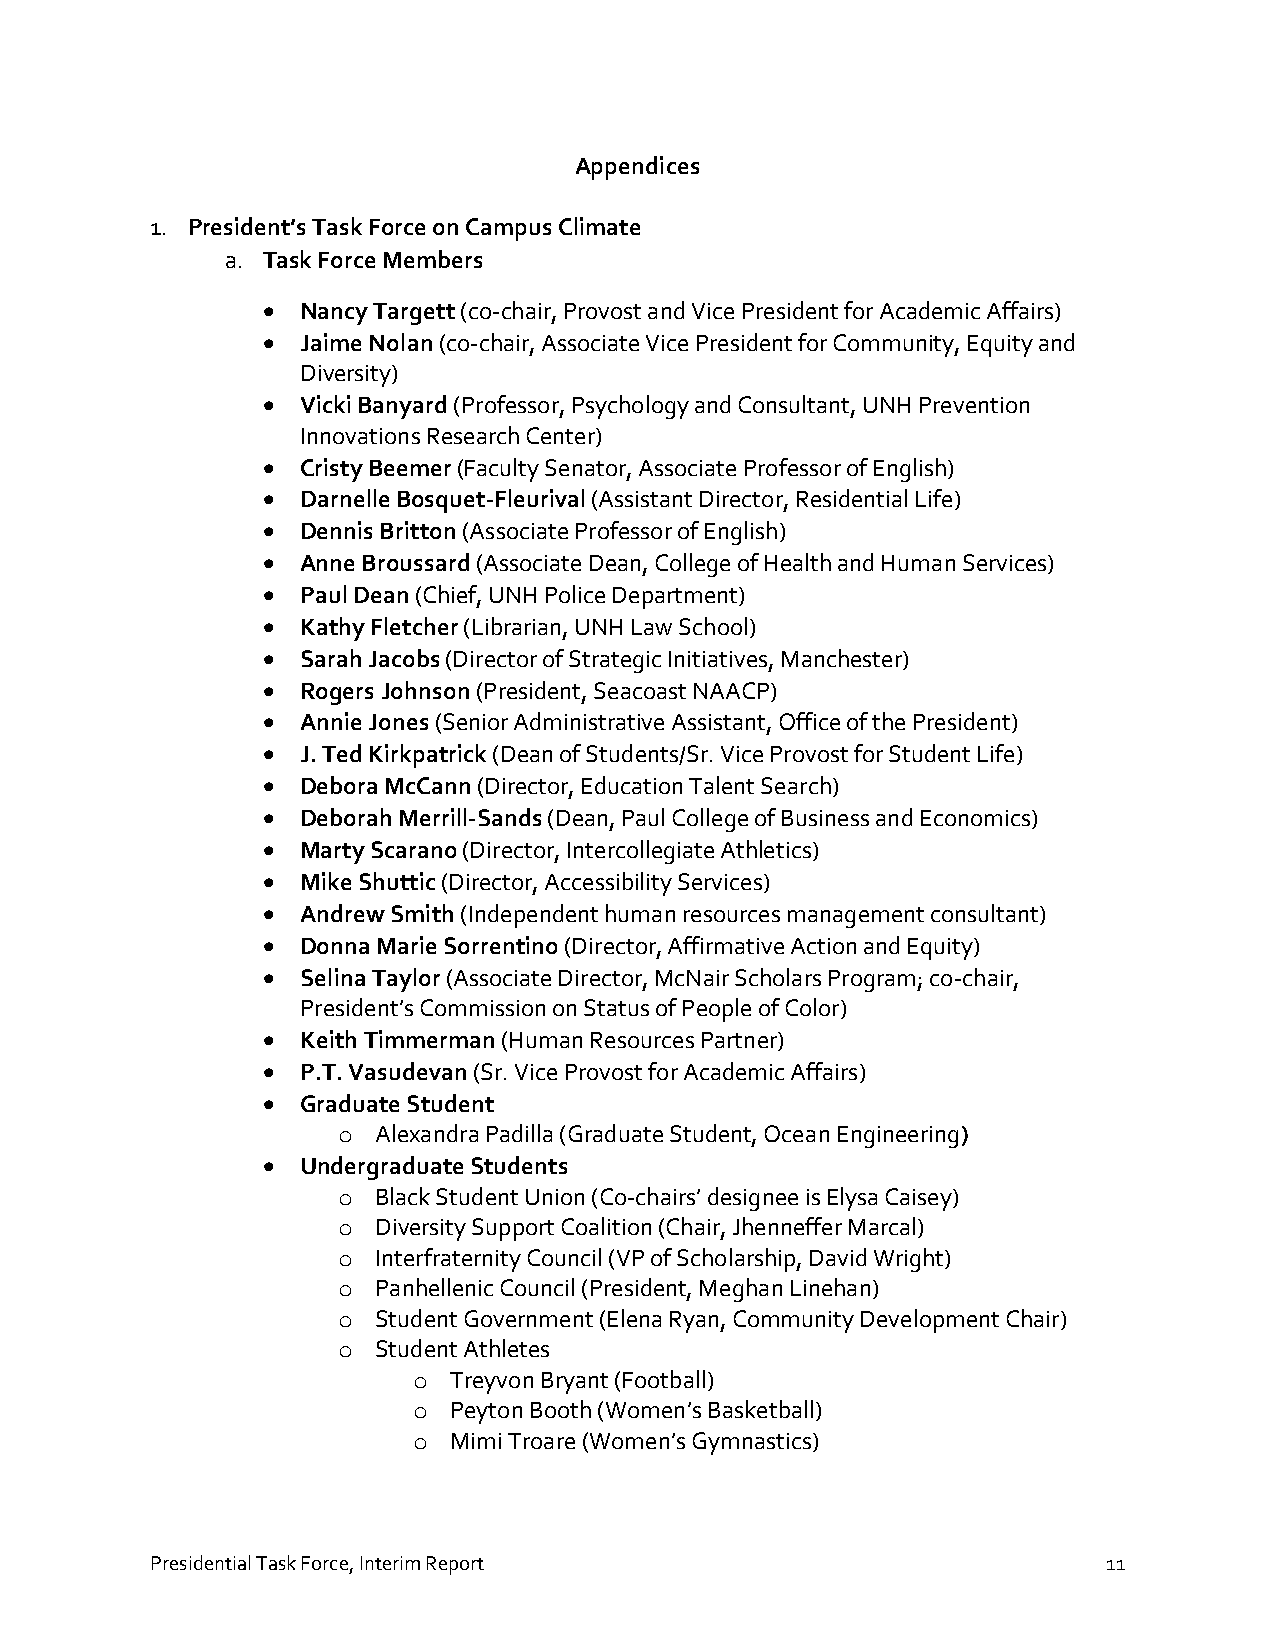
Appendices
 1. President’s Task Force on Campus Climate
 a. Task Force Members
   Nancy Targett (co-chair, Provost and Vice President for Academic Affairs)
   Jaime Nolan (co-chair, Associate Vice President for Community, Equity and
 Diversity)
   Vicki Banyard (Professor, Psychology and Consultant, UNH Prevention
 Innovations Research Center)
   Cristy Beemer (Faculty Senator, Associate Professor of English)
   Darnelle Bosquet-Fleurival (Assistant Director, Residential Life)
   Dennis Britton (Associate Professor of English)
   Anne Broussard (Associate Dean, College of Health and Human Services)
   Paul Dean (Chief, UNH Police Department)
   Kathy Fletcher (Librarian, UNH Law School)
   Sarah Jacobs (Director of Strategic Initiatives, Manchester)
   Rogers Johnson (President, Seacoast NAACP)
   Annie Jones (Senior Administrative Assistant, Office of the President)
   J. Ted Kirkpatrick (Dean of Students/Sr. Vice Provost for Student Life)
   Debora McCann (Director, Education Talent Search)
   Deborah Merrill-Sands (Dean, Paul College of Business and Economics)
   Marty Scarano (Director, Intercollegiate Athletics)
   Mike Shuttic (Director, Accessibility Services)
   Andrew Smith (Independent human resources management consultant)
   Donna Marie Sorrentino (Director, Affirmative Action and Equity)
   Selina Taylor (Associate Director, McNair Scholars Program; co-chair,
 President’s Commission on Status of People of Color)
   Keith Timmerman (Human Resources Partner)
   P.T. Vasudevan (Sr. Vice Provost for Academic Affairs)
   Graduate Student
 o  Alexandra Padilla (Graduate Student, Ocean Engineering)
   Undergraduate Students
 o  Black Student Union (Co-chairs’ designee is Elysa Caisey)
 o  Diversity Support Coalition (Chair, Jhenneffer Marcal)
 o  Interfraternity Council (VP of Scholarship, David Wright)
 o  Panhellenic Council (President, Meghan Linehan)
 o  Student Government (Elena Ryan, Community Development Chair)
 o  Student Athletes
 o  Treyvon Bryant (Football)
 o  Peyton Booth (Women’s Basketball)
 o  Mimi Troare (Women’s Gymnastics)
 Presidential Task Force, Interim Report                        11